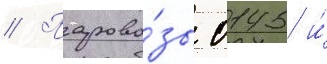
// Парово́зы 0145 и́